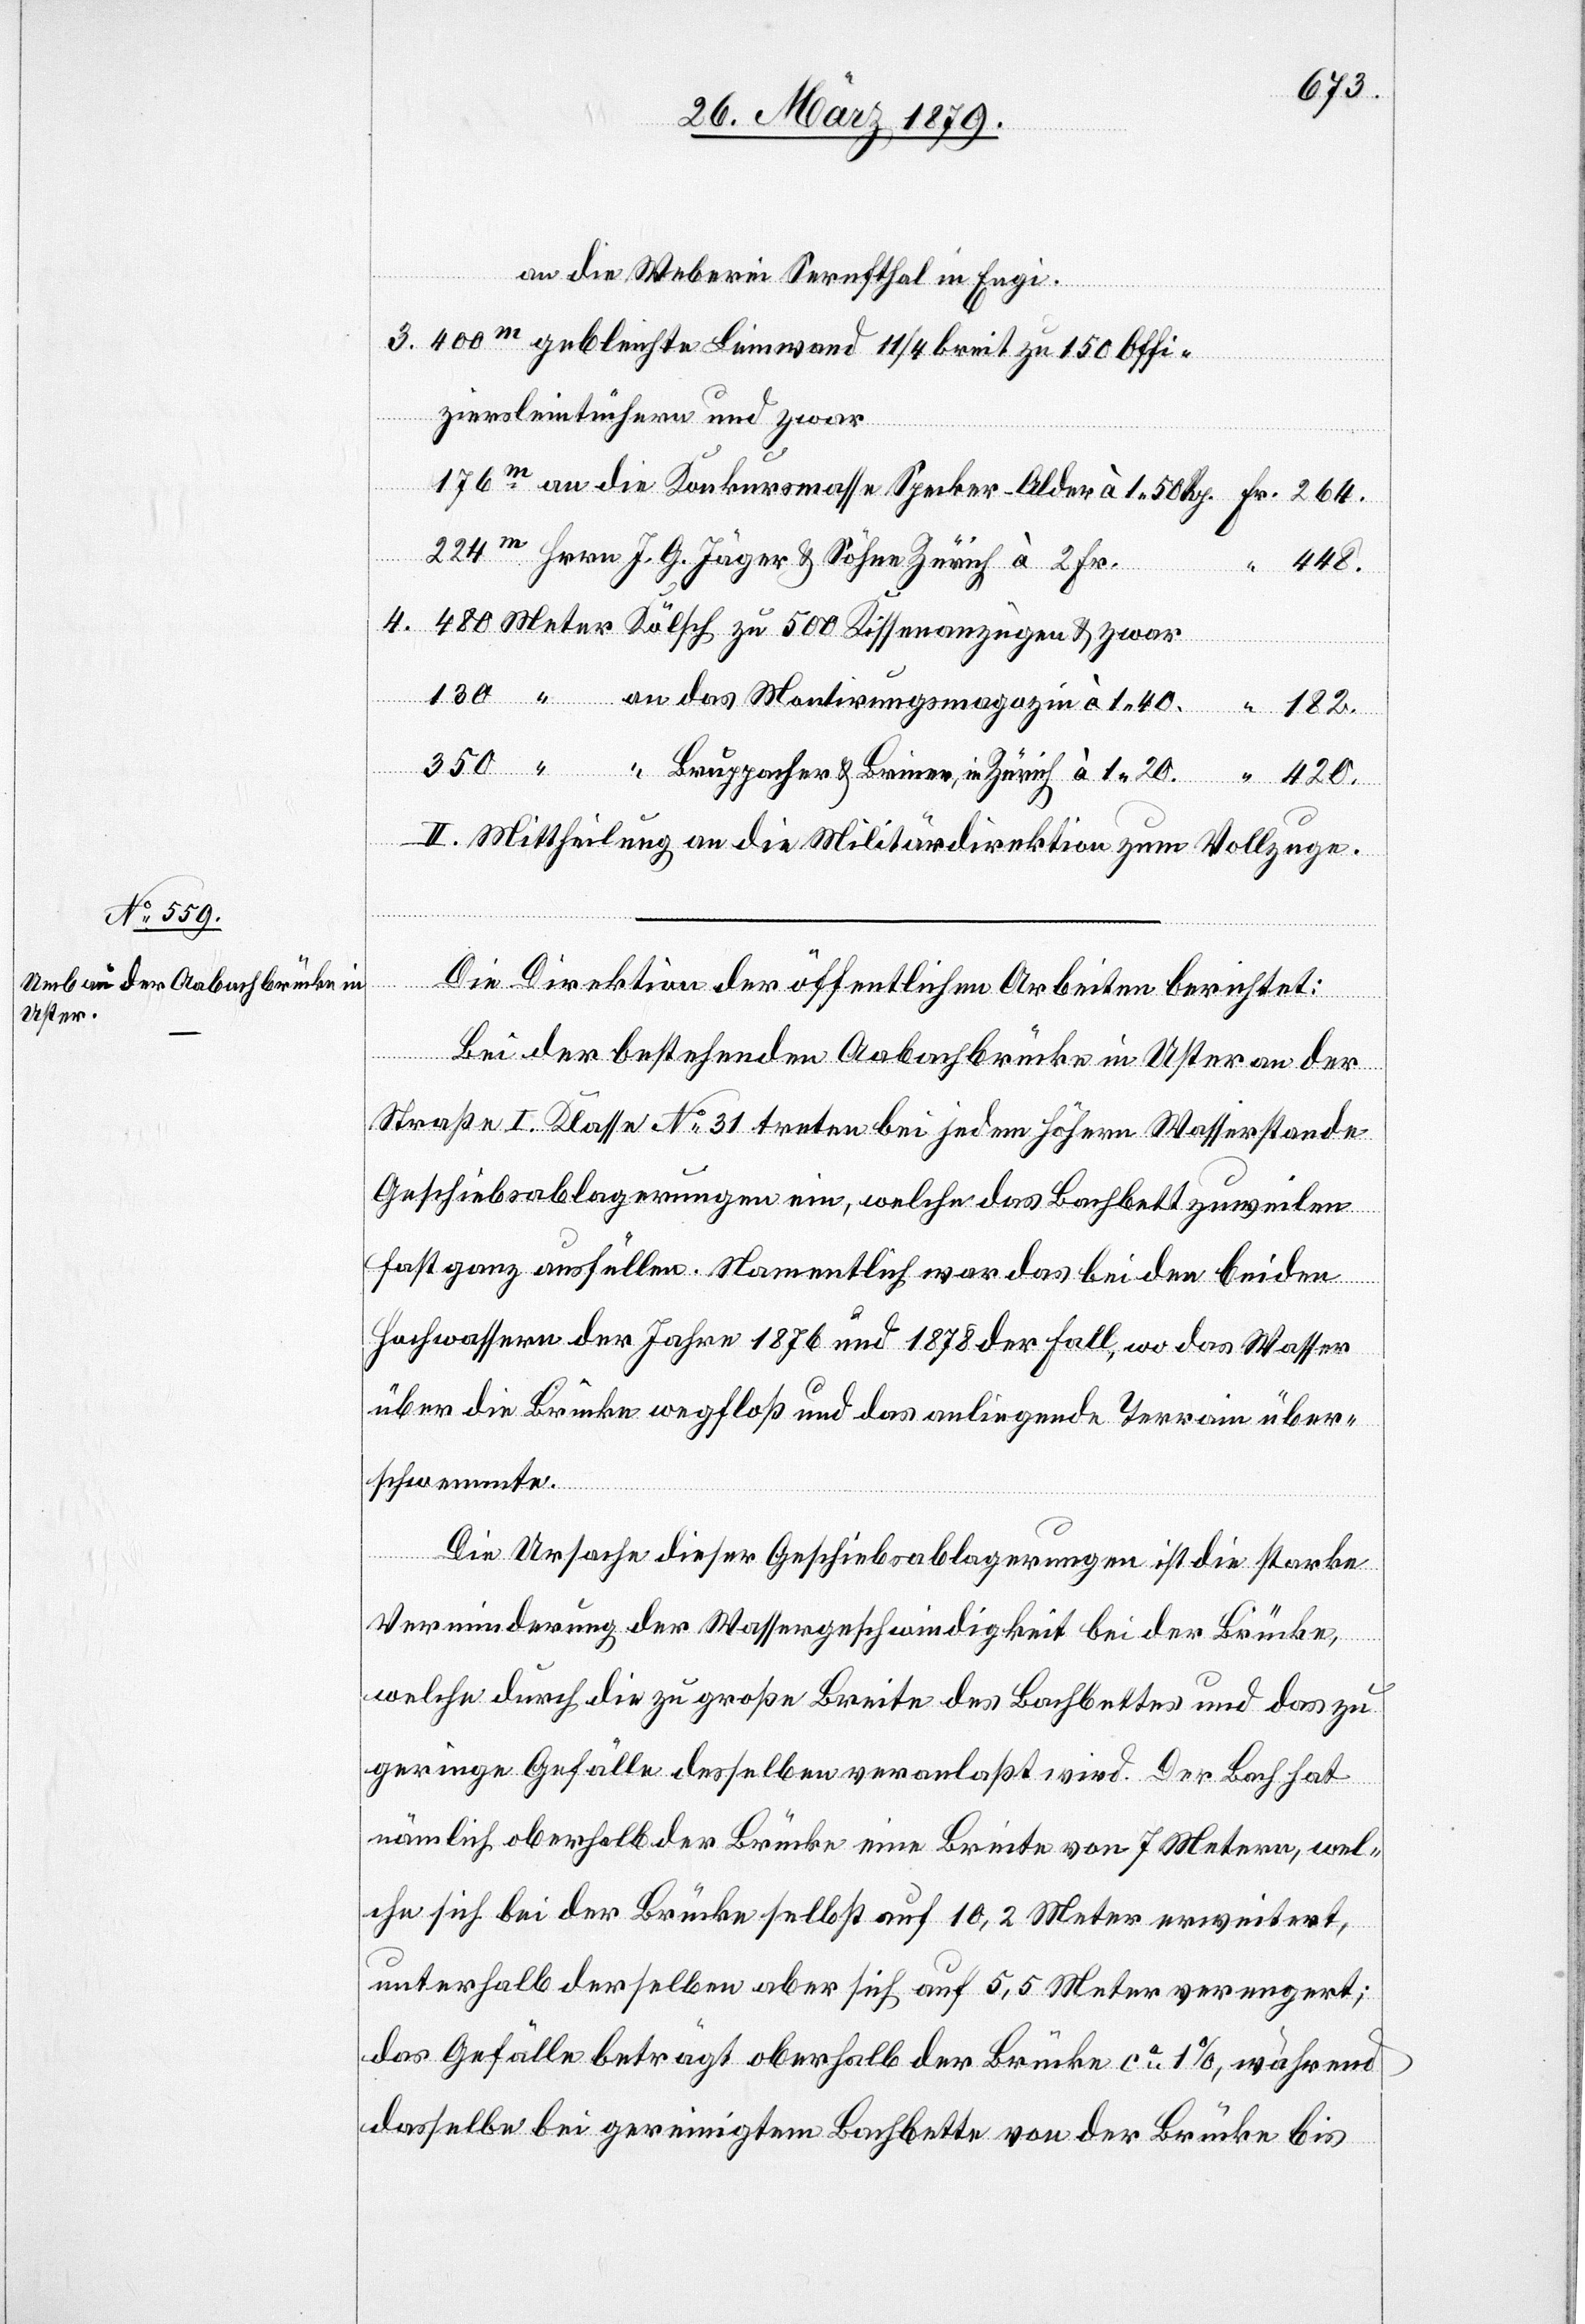
Meter

an die Weberei Sernfthal in Engi.
3. 400m gebleichte Leinwand 11/4 breit zu 150 Offi¬
ziersleintüchern und zwar
176m an die Konkursmasse Specker-Alder à 1.50 Rp.
350
224m Herrn J. G. Jäger & Söhne Zürich à 2 Fr.
Briner,
182.
“
“
420.
II. Mittheilung an die Militärdirektion zum Vollzuge.
Die Direktion der öffentlichen Arbeiten berichtet:
Bei der bestehenden Aabachbrücke in Uster an der
Straße I. Klasse No 31 treten bei jedem höhern Wasserstande
Geschiebsablagerungen ein, welche das Bachbett zuweilen
fast ganz ausfüllen. Namentlich war das bei den beiden
Hochwassern der Jahre 1876 und 1878 der Fall, wo das Wasser
über die Brücke wegfloß und das anliegende Terrain über¬
schwemmte.
Die Ursache dieser Geschiebsablagerungen ist die starke
Verminderung der Wassergeschwindigkeit bei der Brücke,
in
welche durch die zu große Breite des Bachbettes und das zu
geringe Gefälle desselben veranlaßt wird. Der Bach hat
nämlich oberhalb der Brücke eine Breite von 7 Metern, wel¬
che sich bei der Brücke selbst auf 10,2 Meter erweitert,
unterhalb derselben aber sich auf 5,5 Meter verengert;
das Gefälle beträgt oberhalb der Brücke ca 1%, während
dasselbe bei gereinigtem Bachbette von der Brücke bis